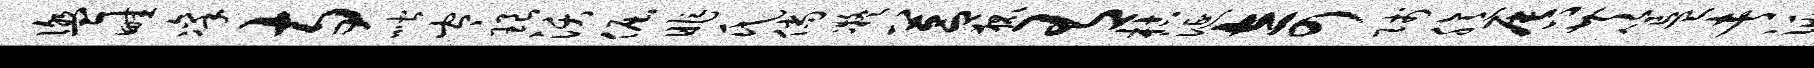
盥畦凛寺喈岑琅沃倔昨氏倘凝莒狐有枯涎奇贱臆唇芹簋者洮